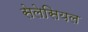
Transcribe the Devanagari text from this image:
सेलेसियल